Annual administration report of the Civil Veterinary Department of India - 1898-1899
Year: 1898
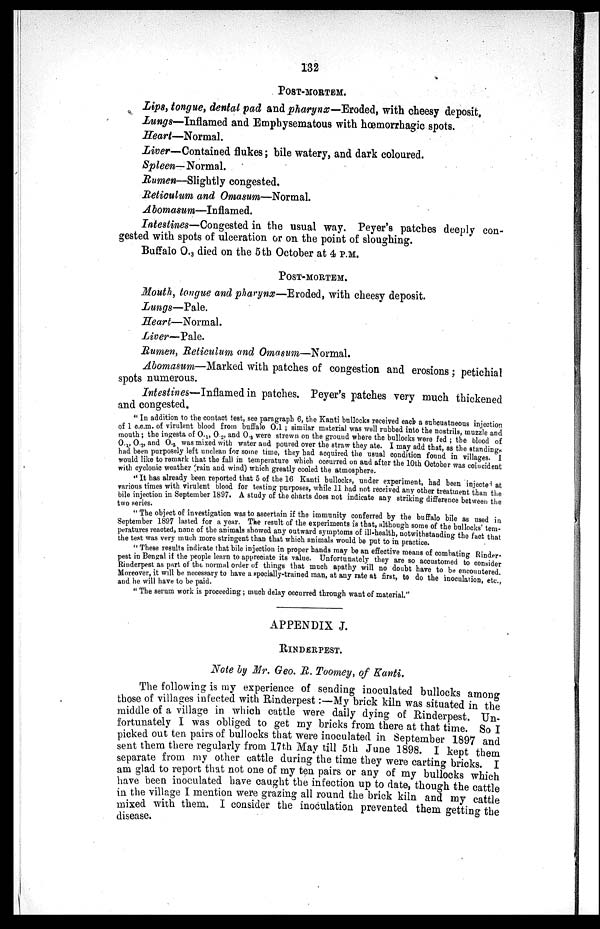
132
POST-MORTEM.
Lips, tongue, dental pad and pharynx—Eroded, with cheesy deposit.
Lungs—Inflamed and Emphysematous with hœmorrhagic spots.
Heart—Normal.
Liver—Contained flukes; bile watery, and dark coloured.
Spleen— Normal.
Rumen—Slightly congested.
Reticulum and Omasum—Normal.
Abomasum—Inflamed.
Intestines—Congested in the usual way. Peyer's patches deeply con-
gested with spots of ulceration or on the point of sloughing.
Buffalo O. 3 died on the 5th October at 4 P.M.
POST-MORTEM.
Mouth, tongue and pharynx—Eroded, with cheesy deposit.
Lungs—Pale.
Heart—Normal.
Liver—Pale.
Rumen, Reticulum and Omasum—Normal.
Abomasum—Marked with patches of congestion and erosions; petichial
spots numerous.
Intestines—Inflamed in patches. Peyer's patches very much thickened
and congested.
"In addition to the contact test, see paragraph 6, the Kanti bullocks received each a subcuatneous injection
of 1 c.c.m. of virulent blood from buffalo 0.1 ; similar material was well rubbed into the nostrils, muzzle and
mouth ; the ingesta of 0. 1 , 0. 2 , and 0. 3 , were strewn on the ground where the bullocks were fed ; the blood of
0. 1 , 0. 2 , and 0. 3 was mixed with water and poured over the straw they ate. I may add that, as the standings
had been purposely left unclean for some time, they had acquired the usual condition found in villages. I
would like to remark that the fall in temperature which occurred on and after the 10th October was coincident
with cyclonic weather (rain and wind) which greatly cooled the
atmosphere.
"It has already been reported that 5 of the 16 Kanti bullocks, under experiment, had been injected at
various times with virulent blood for testing purposes, while 11 had not received any other treatment than the
bile injection in September 1897. A study of the charts does not indicate any striking difference between the
two series.
"The object of investigation was to ascertain if the immunity conferred by the buffalo bile as used in
September 1897 lasted for a year. The result of the experiments is that, although some of the bullocks' tem-
peratures reacted, none of the animals showed any outward symptoms of ill-health, notwithstanding the fact that
the test was very much more stringent than that which animals would be put to in practice.
"These results indicate that bile injection in proper hands may be an effective means of combating Rinder-
pest in Bengal if the people learn to appreciate its value. Unfortunately they are so accustomed to consider
Rinderpest as part of the normal order of things that much apathy will no doubt have to be encountered.
Moreover, it will be necessary to have a specially-trained man, at any rate at first, to do the inoculation, etc.,
and he will have to be paid.
"The serum work is proceeding; much delay occurred through want of material."
APPENDIX J.
RINDERPEST.
Note by Mr. Geo. R. Toomey, of Kanti.
The following is my experience of sending inoculated bullocks among
those of villages infected with Rinderpest:-My brick kiln was situated in the
middle of a village in which cattle were daily dying of Rinderpest. Un-
fortunately I was obliged to get my bricks from there at that time. So I
picked out ten pairs of bullocks that were inoculated in September 1897 and
sent them there regularly from 17th May till 5th June 1898. I kept them
separate from my other cattle during the time they were carting bricks. I
am glad to report that not one of my ten pairs or any of my bullocks which
have been inoculated have caught the infection up to date, though the cattle
in the village I mention were grazing all round the brick kiln and my cattle
mixed with them. I consider the inoculation prevented them getting the
disease.